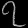
Digit: ၇